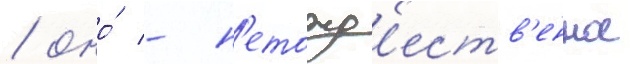
/ оно́ - н'етожд'еств'енное